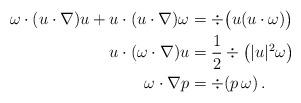
LaTeX: \begin{align*}\omega \cdot(u\cdot \nabla) u +u \cdot (u\cdot \nabla)\omega &= \div\big( u(u\cdot \omega) \big) \\u\cdot (\omega \cdot \nabla) u &= \frac{1}{2} \div \big( |u|^2 \omega \big) \\\omega \cdot \nabla p &= \div( p \, \omega )\,.\end{align*}